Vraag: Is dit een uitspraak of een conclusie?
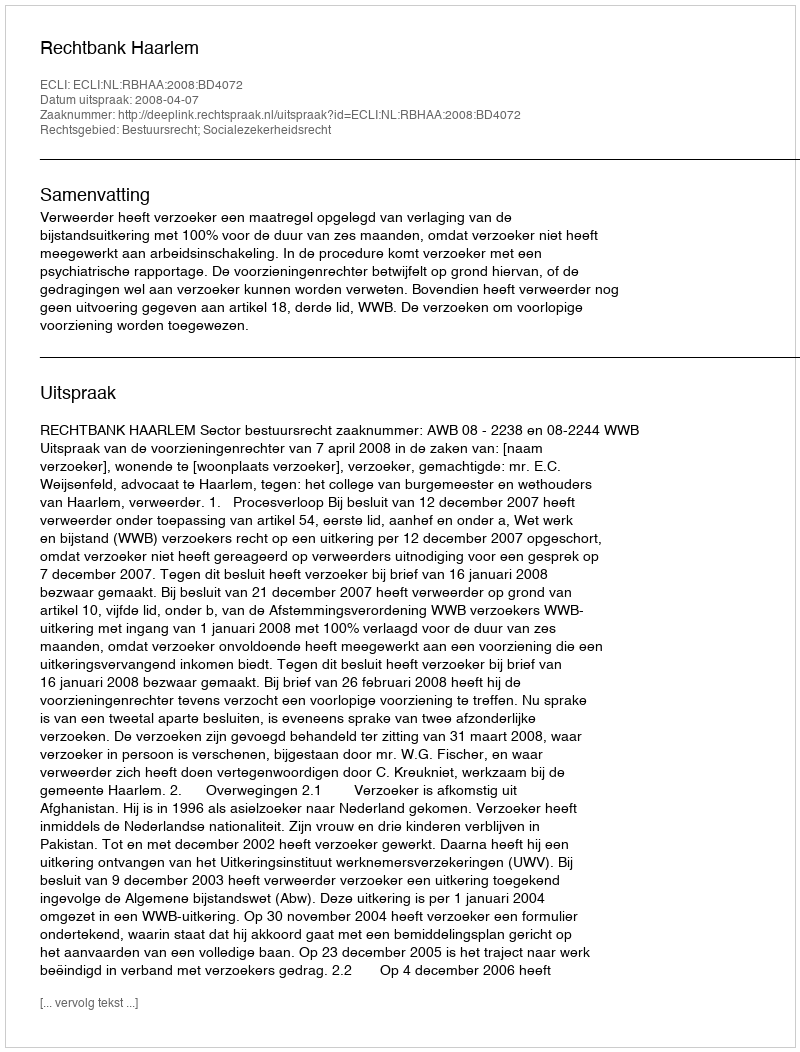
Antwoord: Uitspraak